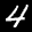
Label: 4